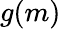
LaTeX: g(m)